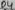
Text: D4